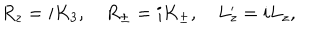
LaTeX: R _ { z } = i K _ { 3 } , \quad R _ { \pm } = i K _ { \pm } , \quad L _ { z } ^ { \prime } = i L _ { z } ,